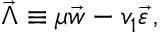
\vec { \Lambda } \equiv \mu \vec { w } - v _ { 1 } \vec { \varepsilon } \, ,